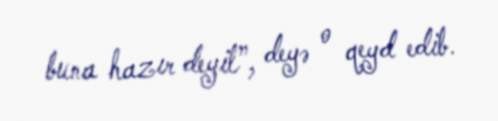
buna hazır deyil”, deyə o qeyd edib.